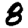
Digit: 8